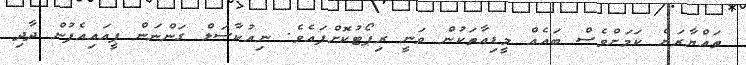
ތައްޔާރަށް ކަމަށްވެސް ބައެއް މީޑިއާތަކުން ވަނީ ރިޕޯޓުކޮށްފައެވެ. ނިއުކާސަލް ގަންނަން ޕީއައިއެފުން ދާދި